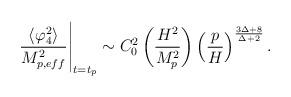
LaTeX: \begin{align*}\left. \frac{\langle \varphi_4^2 \rangle}{M_{p,eff}^2}\right \vert_{t=t_p} \sim C_0^2 \left( \frac{H^2}{M_p^2} \right) \left( \frac{p}{H} \right)^{\frac{3 \Delta+8}{\Delta+2}}.\end{align*}